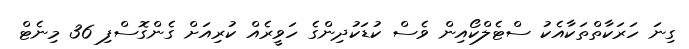
ގިނަ ހަރަކާތްތަކާއެކު ސްޓެލްކޯއިން ވެސް ކުޑަކުދިންގެ ހަވީރެއް ކުރިއަށް ގެންގޮސްފި 36 މިނެޓް